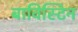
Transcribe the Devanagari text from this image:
बाविस्टिन